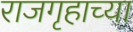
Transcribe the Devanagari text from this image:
राजगृहाच्या